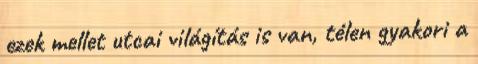
ezek mellet utcai világítás is van, télen gyakori a